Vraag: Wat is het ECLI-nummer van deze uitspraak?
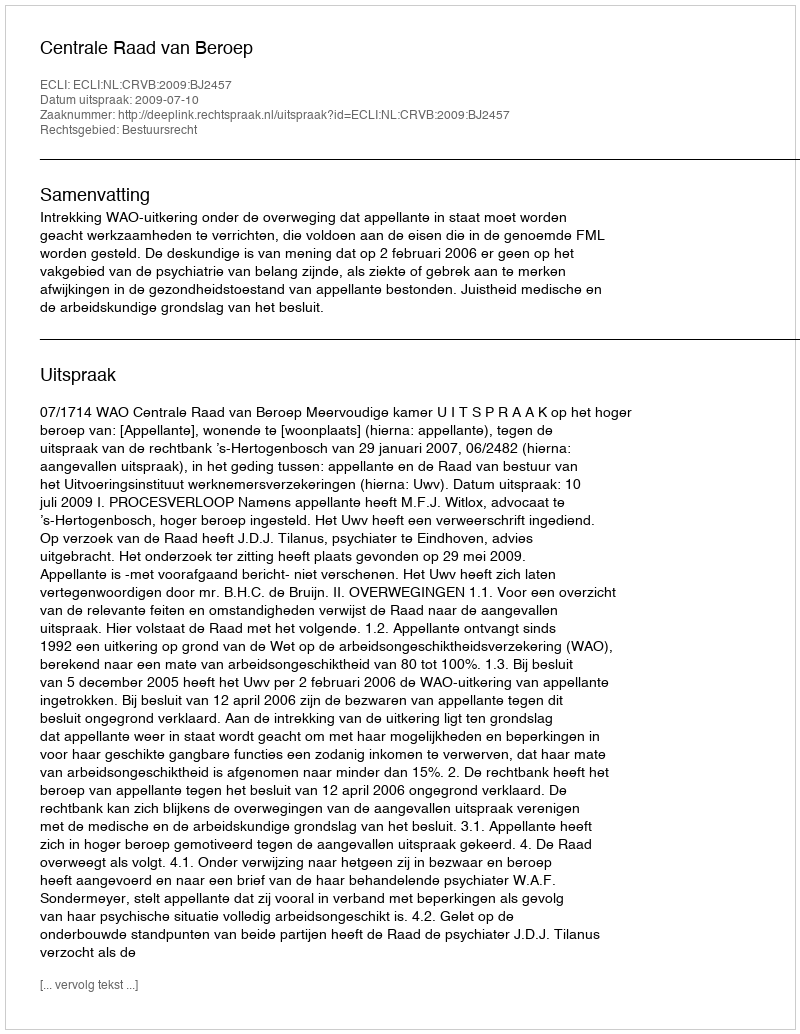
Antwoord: ECLI:NL:CRVB:2009:BJ2457